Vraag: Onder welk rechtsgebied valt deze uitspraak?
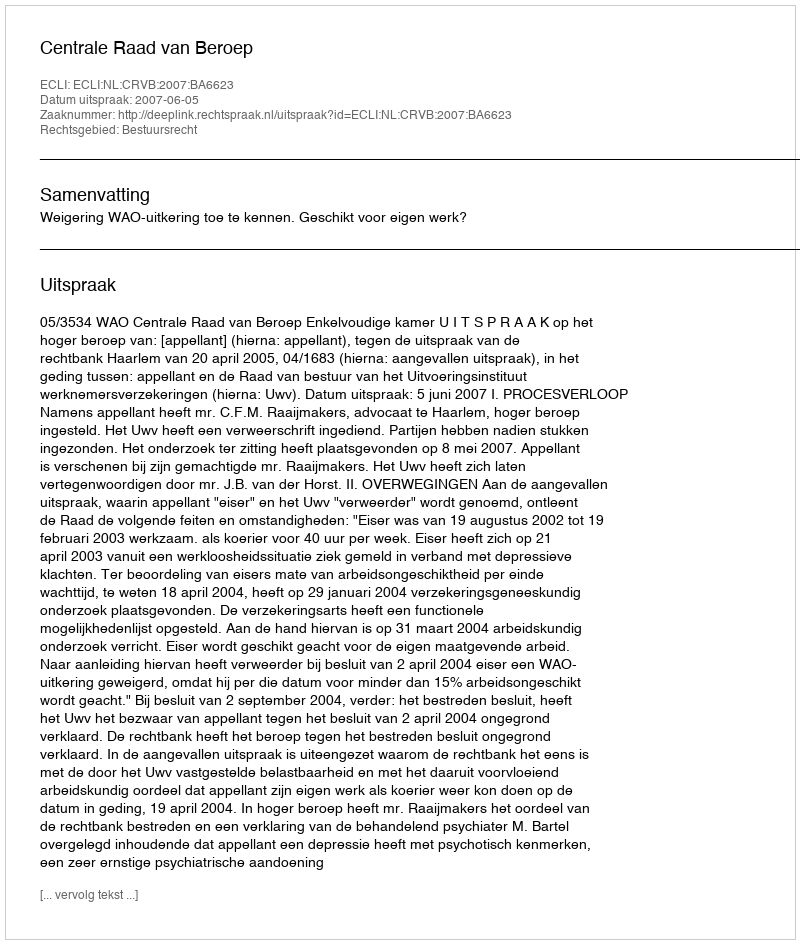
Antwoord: Bestuursrecht